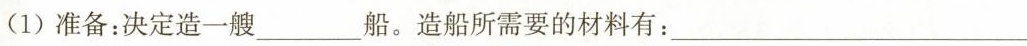
(1)准备：决定造一艘___船。造船所需要的材料有：___